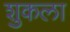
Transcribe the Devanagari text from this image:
शुकला